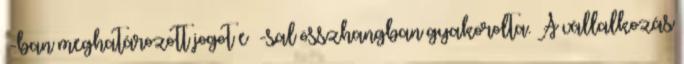
§-ban meghatározott jogot e §-sal összhangban gyakorolta. A vállalkozás